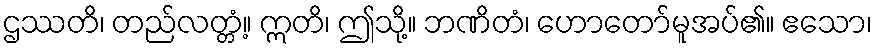
ဌဿတိ၊ တည်လတ္တံ့။ ဣတိ၊ ဤသို့။ ဘဏိတံ၊ ဟောတော်မူအပ်၏။ ဧသော၊